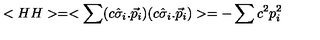
< H H > = < \sum ( c \hat { \sigma } _ { i } . \vec { p } _ { i } ) ( c \hat { \sigma } _ { i } . \vec { p } _ { i } ) > = - \sum c ^ { 2 } p _ { i } ^ { 2 }